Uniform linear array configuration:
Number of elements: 64
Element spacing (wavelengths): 0.75
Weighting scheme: hamming
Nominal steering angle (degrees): -60
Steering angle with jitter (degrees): -58.072
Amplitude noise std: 0.05
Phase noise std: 0.05

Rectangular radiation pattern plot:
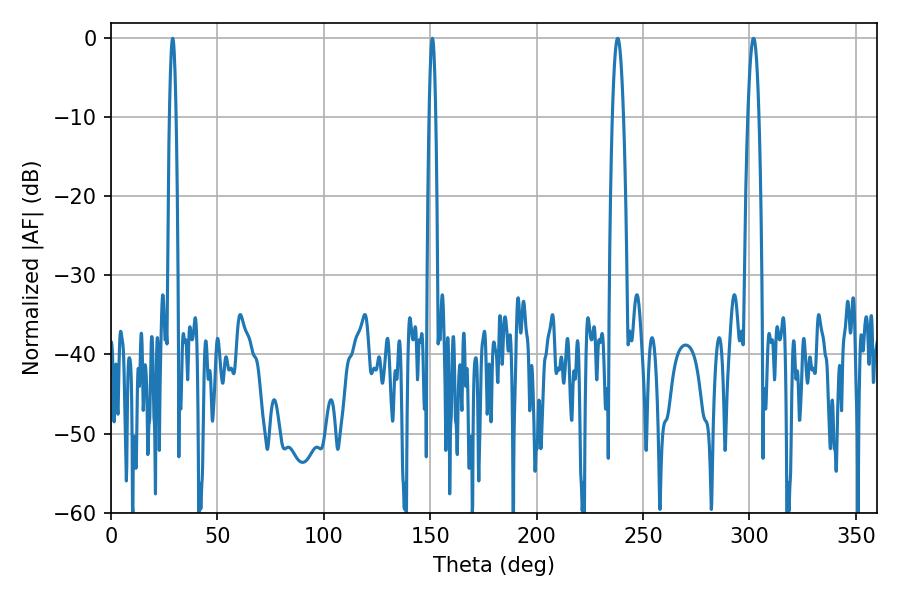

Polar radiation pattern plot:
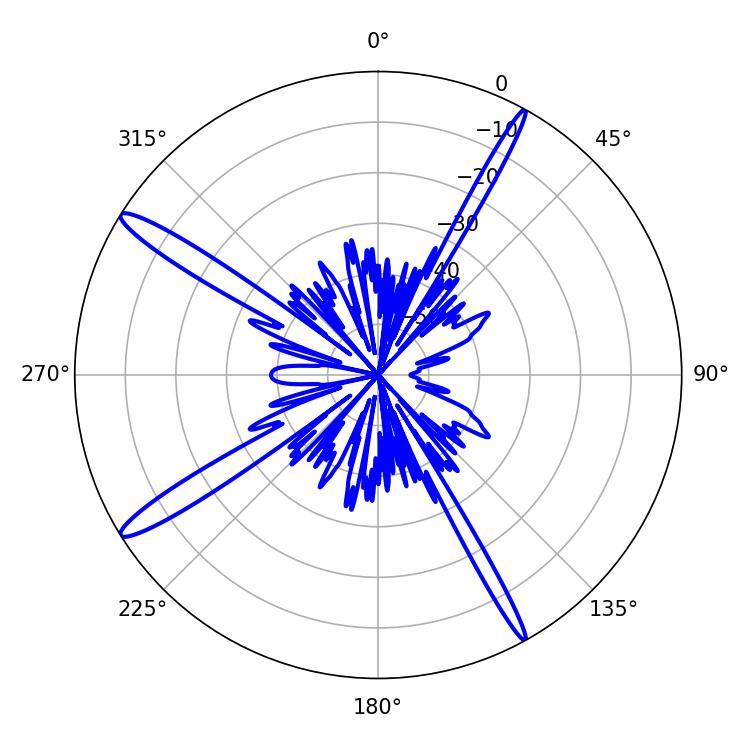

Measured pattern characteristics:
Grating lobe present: TRUE
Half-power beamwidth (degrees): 1.62
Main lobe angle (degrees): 151.02